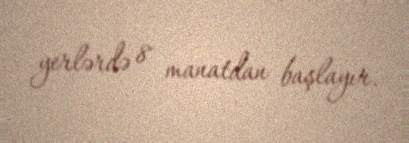
yerlərdə 8 manatdan başlayır.